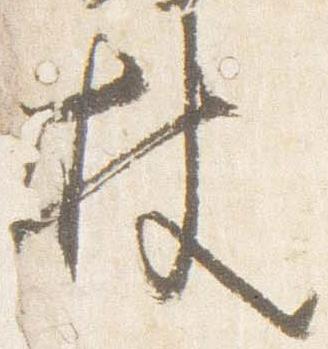
杖